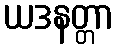
ယဒနတ္တာ